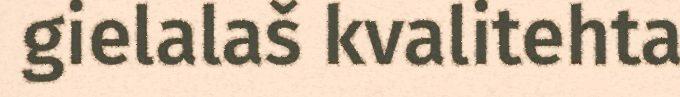
gielalaš kvalitehta